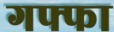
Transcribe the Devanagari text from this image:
गफ्फा